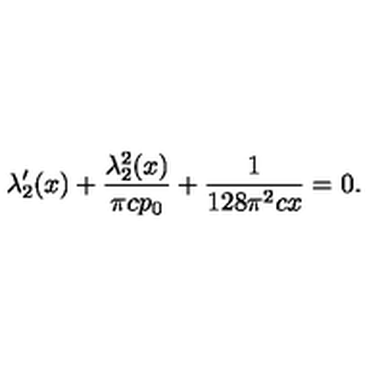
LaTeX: \lambda _ { 2 } ^ { \prime } ( x ) + \frac { \lambda _ { 2 } ^ { 2 } ( x ) } { \pi c p _ { 0 } } + \frac { 1 } { 1 2 8 \pi ^ { 2 } c x } = 0 .